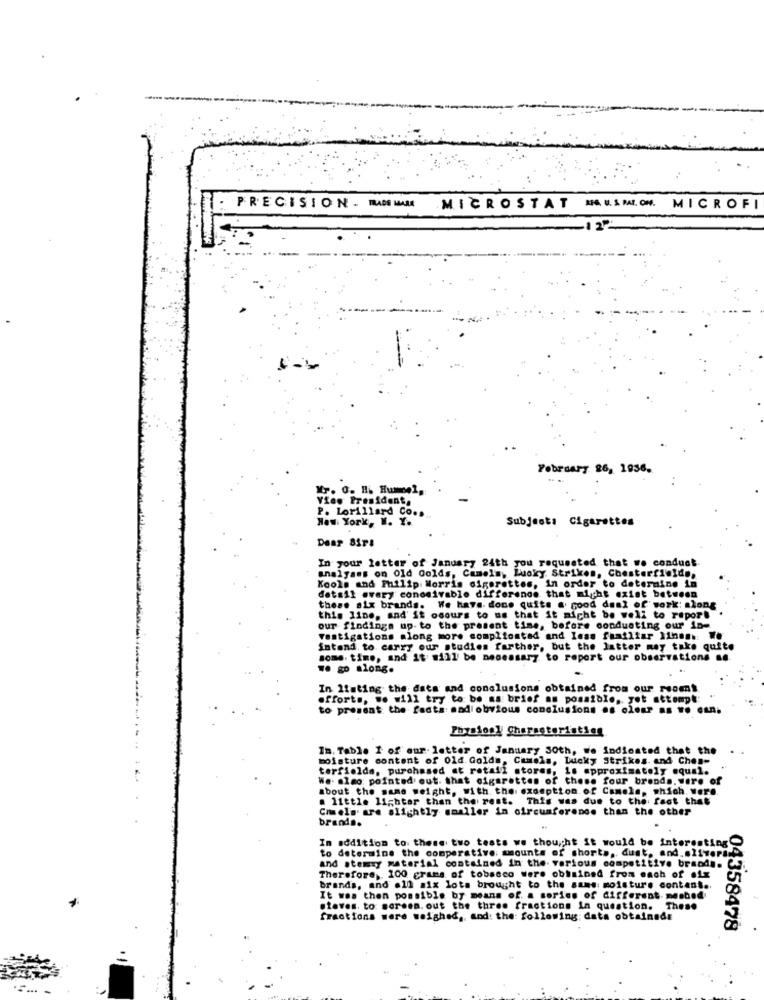
PRECISION .- DE MAMA
MICROSTAT HAUSMILION. MICROFI
February 26, 1936.
Yr. O. H. Hummel,
View President,
P. Lorillard Co ..
New York, N. Y.
Subject: Cigarettes
In your letter of January 24th you requested that we conduct
analyses on Old Golds, Camels, Lucky Strikes, Chesterfields,
Kools and Philip Morris cigarettes, in order to determine in
detail every conosivable difference that might exist between
these aix brands. We have done quits a good deal of work: along
this line, and' it osours to us that it might be well to report
our findings up-to the present time, before conducting our in-
vestigations along more compliontad and less familiar 11hon .: We
intend to carry our studies farther, but the latter may take quite
some. time, and it will be necessary to report our observations se
ve go along.
In listing the data and conclusions obtained from our rooms.
efforts, we will try to be as brief an possible, yet attempt:
to present the facts: and obvious conclusions es olen? as To eun;
Phyalool Characteristics
In. Table I of our letter of January 30th, we Indicated that the
moisture content of old Golds, Canela, Lucky Strikes. and Ches-
terfields, purchased at retail stores, is approximately equal.
We. also: pointed out that cigarettes of these four brands.were of
about the same weight, with the examption. of Camele, which Were
a little lighter than the rest. This was due to the fact that
Chels are slightly smaller in circumference than the other
brand ..
In addition to these two tests we thought it would be interesting
to determine the comparative: amounts of shorts, dust, and.olivers
and stemty material contained in the- various competitive brands.
Therefore, 100 grams of tobacco were obtained from each of six
brands, and .10 mix lots brought to the suns moisture content ..
It was then possible by means of a series of different. meshed
slaves. to screen. out the three fractions in question. These
fractions were weighed ,, and: the: following; data obtainede
04358478